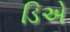
ડિએ